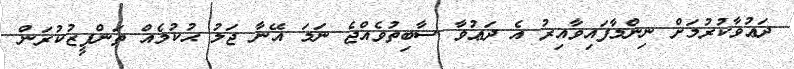
ދަޢުވާކުރުމަށް ނިންމާފައިވާއިރު އެ ދަޢުވާ ސާބިތުވެއްޖެ ނަމަ އޭނާ ޖަލު ޙުކުމެއް ތަންފީޒުކުރަން